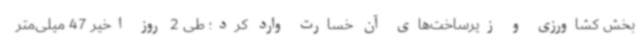
بخش کشاورزی و زیرساخت‌های آن خسارت وارد کرد؛ طی 2 روز اخیر 47 میلی‌متر